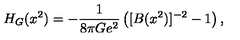
H _ { G } ( x ^ { 2 } ) = - { \frac { 1 } { 8 \pi G e ^ { 2 } } } \left( [ B ( x ^ { 2 } ) ] ^ { - 2 } - 1 \right) ,